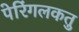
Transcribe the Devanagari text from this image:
पेरिंगलकतु